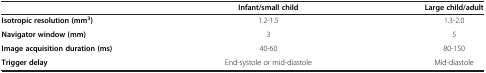
<table><thead><tr><td><b> </b></td><td><b>Infant/small child</b></td><td><b>Large child/adult</b></td></tr></thead><tbody><tr><td><b>Isotropic resolution (mm</b><sup><b>3</b></sup><b>)</b></td><td>1.2-1.5</td><td>1.3-2.0</td></tr><tr><td><b>Navigator window (mm)</b></td><td>3</td><td>5</td></tr><tr><td><b>Image acquisition duration (ms)</b></td><td>40-60</td><td>80-150</td></tr><tr><td><b>Trigger delay</b></td><td>End-systole or mid-diastole</td><td>Mid-diastole</td></tr></tbody></table>